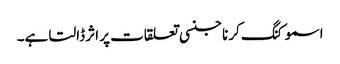
اسموکنگ کرنا جنسی تعلقات پر اثر ڈالتا ہے۔